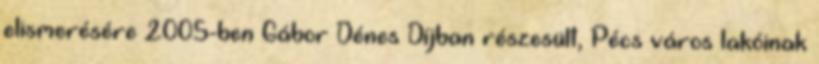
elismerésére 2005-ben Gábor Dénes Díjban részesült, Pécs város lakóinak